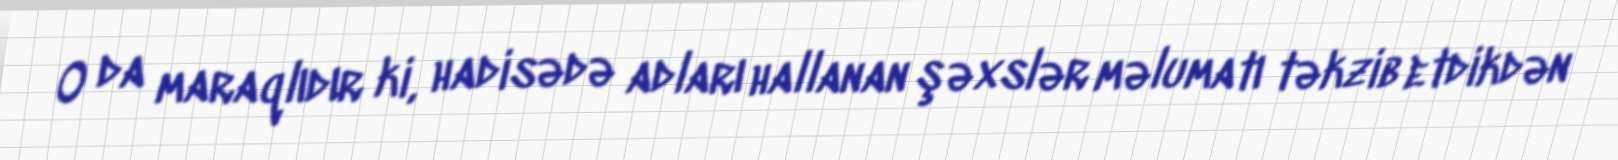
O da maraqlıdır ki, hadisədə adları hallanan şəxslər məlumatı təkzib etdikdən